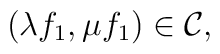
(\lambda f_1 , \mu f_1 )  \in {\cal C}   ,